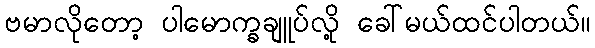
ဗမာလိုတော့ ပါမောက္ခချူပ်လို့ ခေါ်မယ်ထင်ပါတယ်။